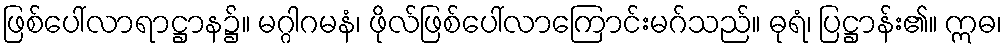
ဖြစ်ပေါ်လာရာဋ္ဌာန၌။ မဂ္ဂါဂမနံ၊ ဖိုလ်ဖြစ်ပေါ်လာကြောင်းမဂ်သည်။ ဓုရံ၊ ပြဋ္ဌာန်း၏။ ဣဓ၊